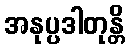
အနုပ္ပဒါတုန္တိ